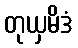
တုယှမိဒံ